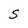
Character: S